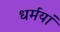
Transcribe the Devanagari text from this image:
धर्मयां